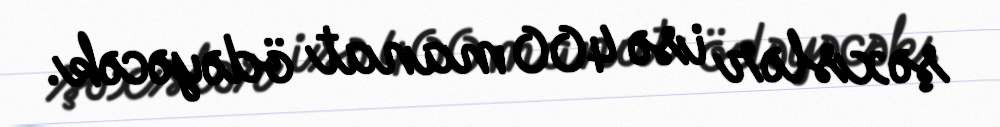
şəxslər isə 400 manat ödəyəcək.